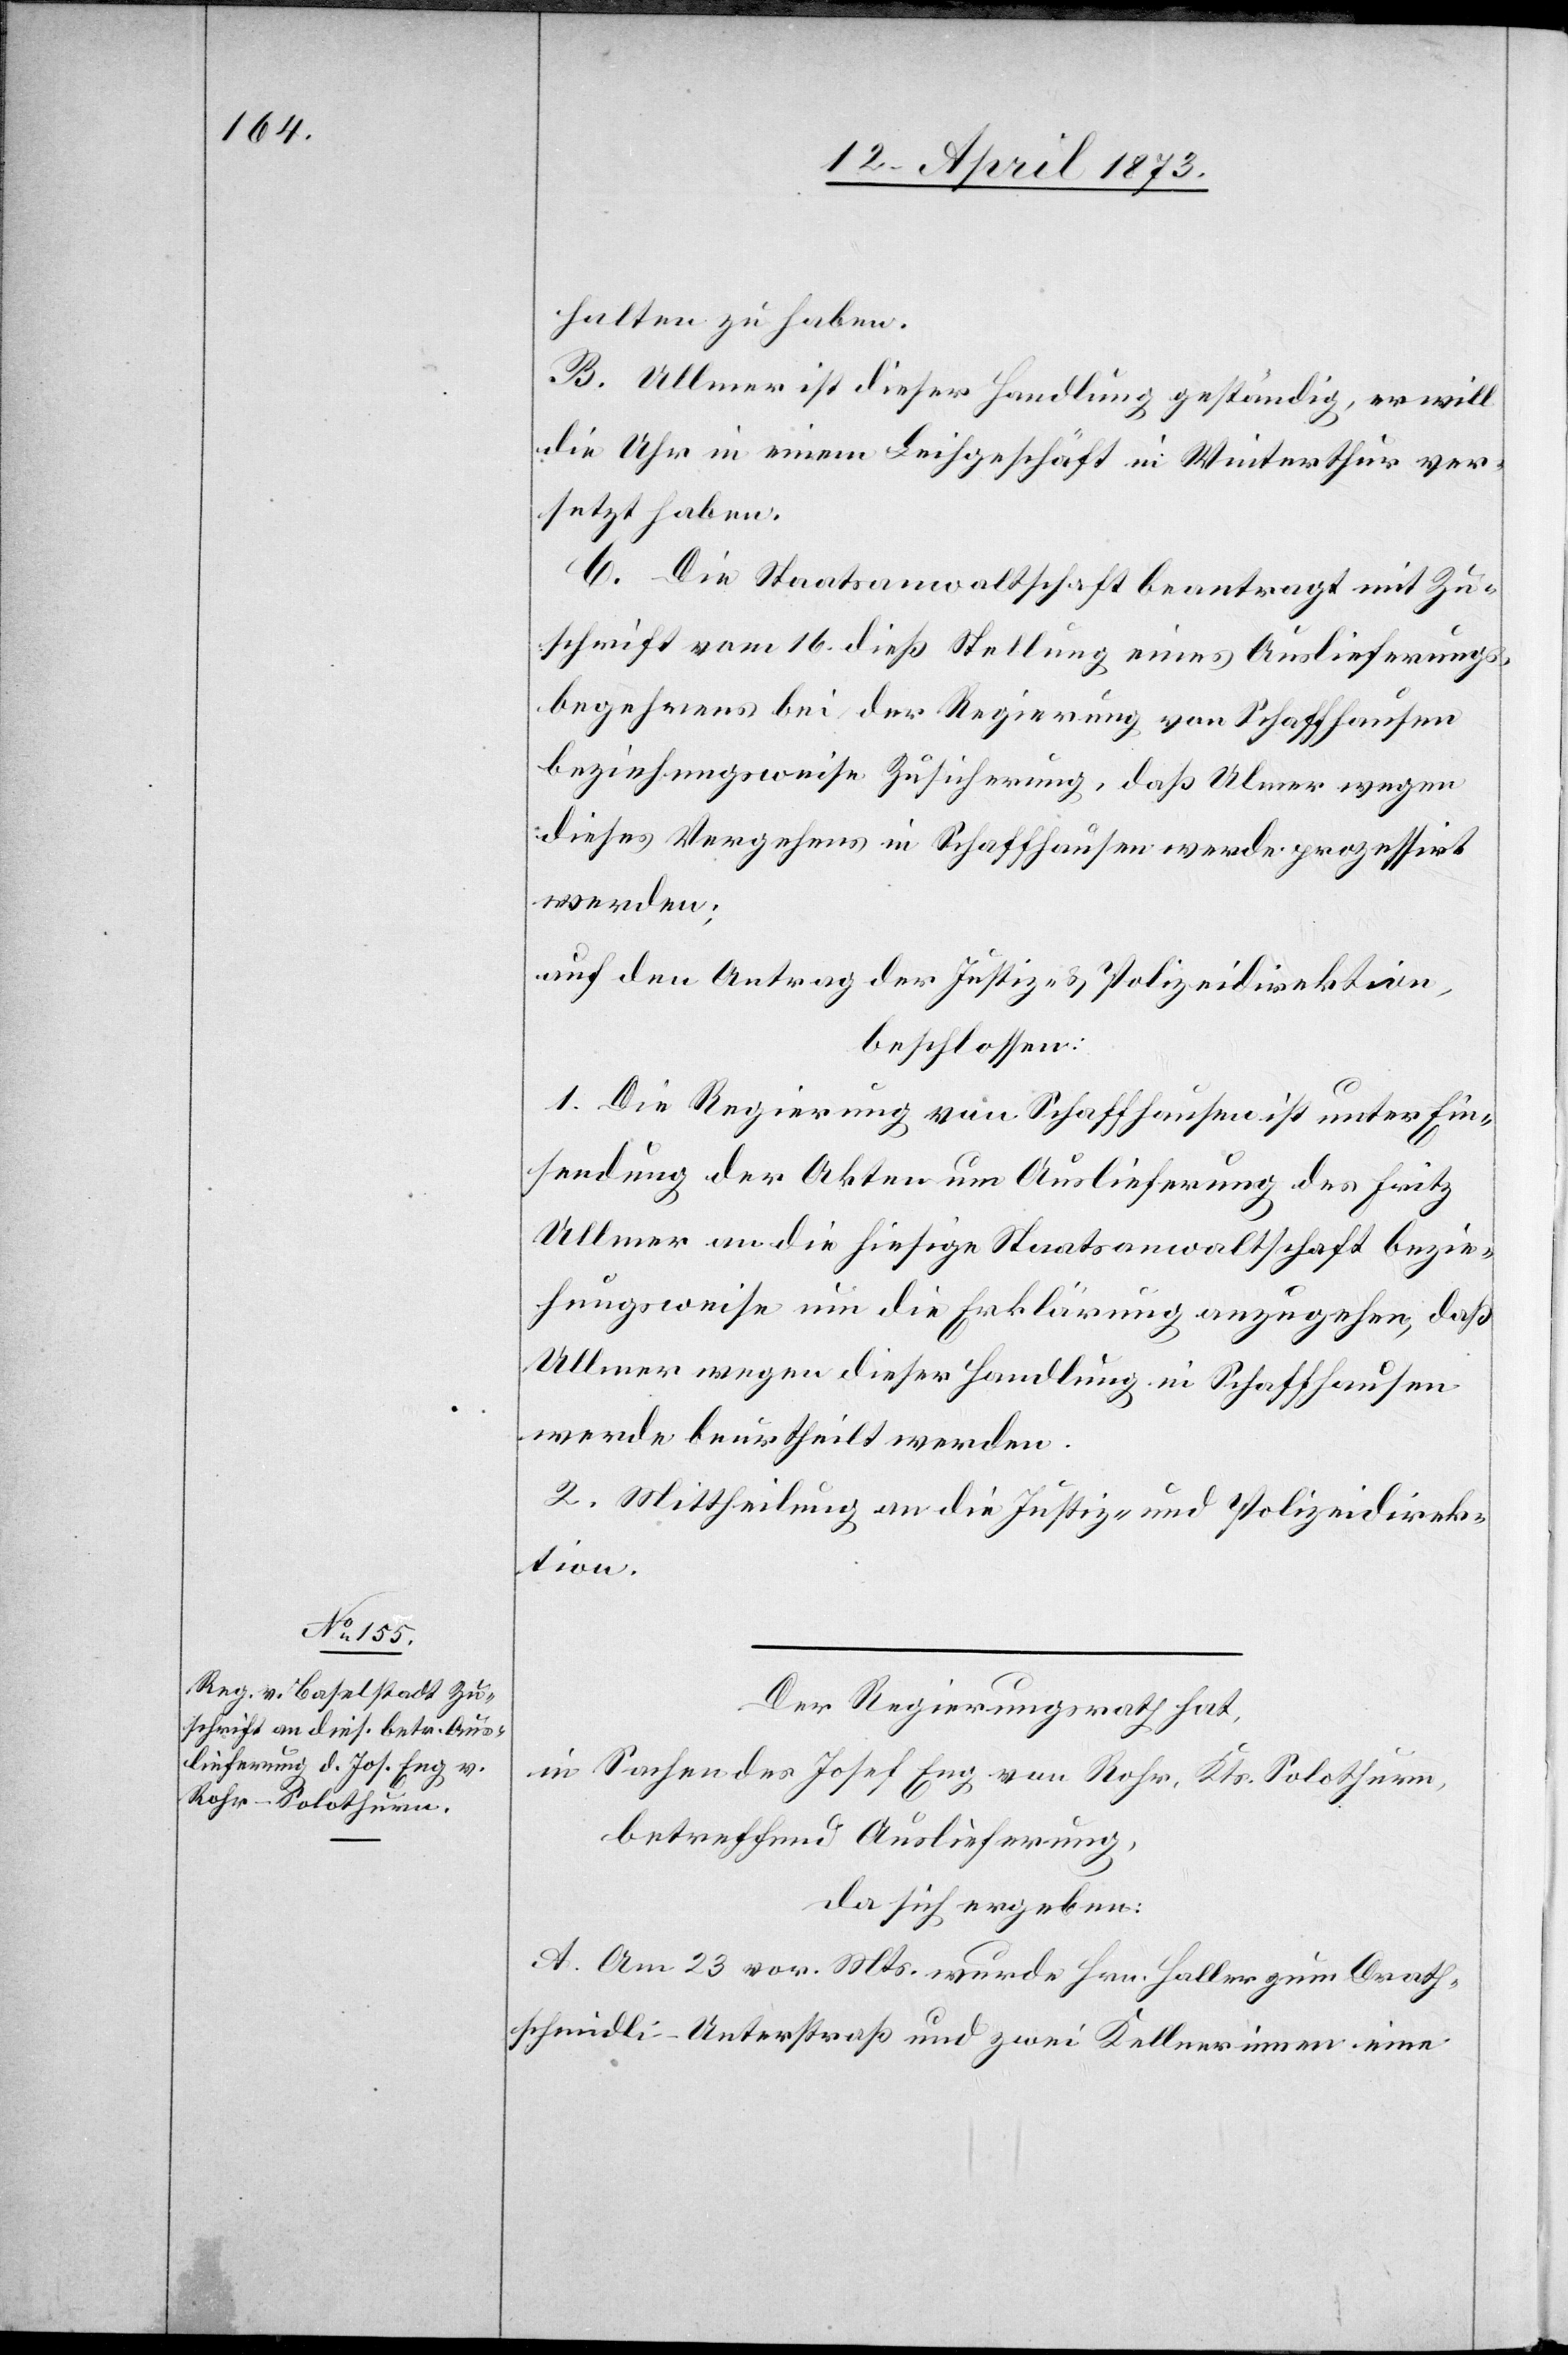
18. April 1873.]
halten zu haben.
B. Ullmer ist dieser Handlung geständig, er will
die Uhr in einem Leihgeschäft in Winterthur ver¬
setzt haben.
C. Die Staatsanwaltschaft beantragt mit Zu¬
schrift vom 16. dieß Stellung eines Auslieferungs¬
begehrens bei der Regierung von Schaffhausen
beziehungsweise Zusicherung, daß Ul[l]mer wegen
dieses Vergehens in Schaffhausen werde prozessirt
werden;
auf den Antrag der Justiz- & Polizeidirektion,
beschlossen:
1. Die Regierung von Schaffhausen ist unter Ein¬
sendung der Akten um Auslieferung des Fritz
Ullmer an die hiesige Staatsanwaltschaft bezie¬
hungsweise um die Erklärung anzugehen, daß
Ullmer wegen dieser Handlung in Schaffhausen
werde beurtheilt werden.
2. Mittheilung an die Justiz- und Polizeidirek¬
tion.
Der Regierungsrath hat,
in Sachen des Josef Eng von Rohr, Kts. Solothurn,
betreffend Auslieferung,
da sich ergeben:
A. am 23 vor. Mts. wurde Hrn. Haller zum Drath¬
schmidli-Unterstraß und zwei Kellnerinnen eine